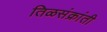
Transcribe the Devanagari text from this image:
तिळसंक्रांती